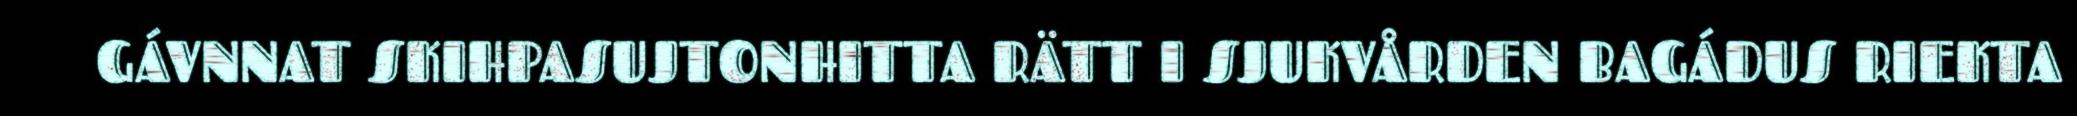
GÁVNNAT SKIHPASUJTONHITTA RÄTT I SJUKVÅRDEN BAGÁDUS RIEKTA